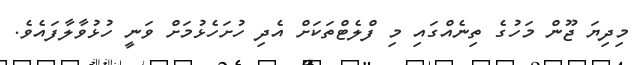
މިދިޔަ ޖޫން މަހުގެ ތިނެއްގައި މި ފްލެޓްތަކަށް އެދި ހުށަހެޅުމަށް ވަނީ ހުޅުވާލާފައެވެ.